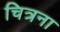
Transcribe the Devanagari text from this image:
चित्रना